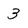
Character: 3